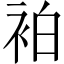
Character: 袙